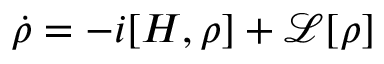
\dot { \rho } = - i [ H , \rho ] + \mathcal { L } [ \rho ]